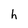
Character: h